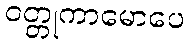
ဝတ္တုကာမောပေ